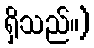
ရှိသည်။)